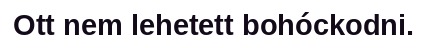
Ott nem lehetett bohóckodni.